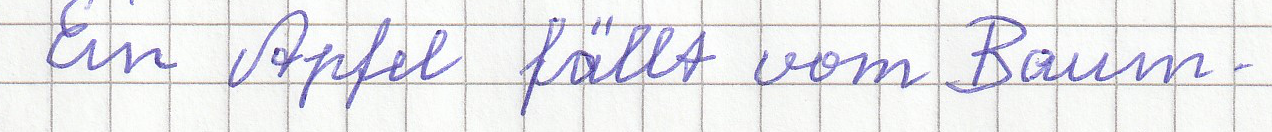
Ein Apfel fällt vom Baum.